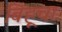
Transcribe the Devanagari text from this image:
बिहूचा